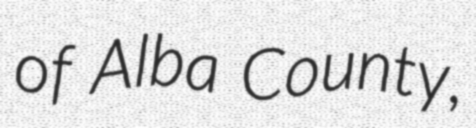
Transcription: of Alba County,